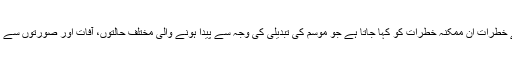
موسمی تبدیلیوں کے خطرات ان ممکنہ خطرات کو کہا جاتا ہے جو موسم کی تبدیلی کی وجہ سے پیدا ہونے والی مختلف حالتوں، آفات اور صورتوں سے لاحق ہو سکتے ہیں۔